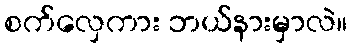
စက်လှေကား ဘယ်နားမှာလဲ။